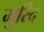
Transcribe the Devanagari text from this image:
मुरिद